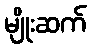
မျိုးဆက်